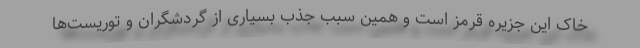
خاک این جزیره قرمز است و همین سبب جذب بسیاری از گردشگران و توریست‌ها